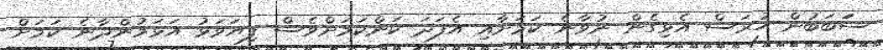
ސަަބަބުން ހުރަސް އެޅިގެން ނުވާނެ ކަމަށާއި އެފަދަ ކަންކަމަށްވެސް ފިޔަވަޅު އަޅަމުންދާނެ ކަމަށް